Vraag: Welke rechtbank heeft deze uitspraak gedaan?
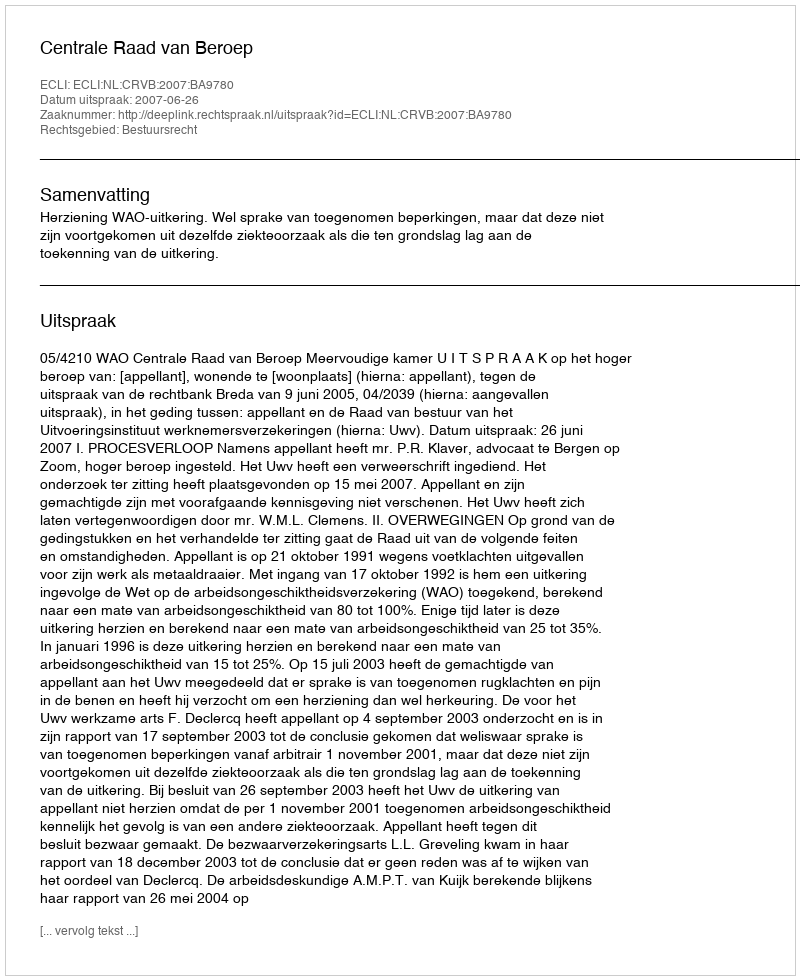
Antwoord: Centrale Raad van Beroep